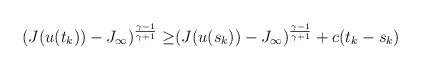
LaTeX: \begin{align*}(J(u(t_{k}))-J_{\infty})^{\frac{\gamma-1}{\gamma+1}}\geq &(J(u(s_{k}))-J_{\infty})^{\frac{\gamma-1}{\gamma+1}}+c (t_{k}-s_{k})\end{align*}